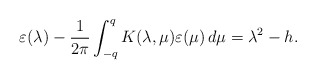
\begin{align*}\varepsilon(\lambda)-\frac{1}{2\pi}\int_{-q}^{q} K(\lambda,\mu)\varepsilon(\mu)\,d\mu=\lambda^2-h.\end{align*}